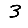
Digit: 3